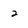
Character: 2